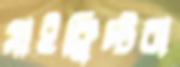
সাইক্লিস্টরা